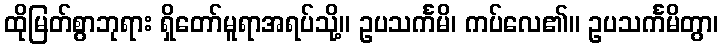
ထိုမြတ်စွာဘုရား ရှိတော်မူရာအရပ်သို့။ ဥပသင်္ကမိ၊ ကပ်လေ၏။ ဥပသင်္ကမိတွာ၊